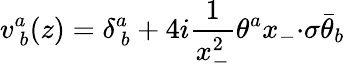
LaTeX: v_{~b}^{a}(z)=\displaystyle{\delta_{~b}^{a}+4i\frac{1}{x_{-}^{2}}\theta^{a}x_{-}{\cdot\sigma}\bar{\theta}_{b}}